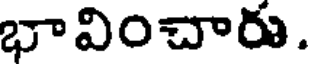
భావించారు.